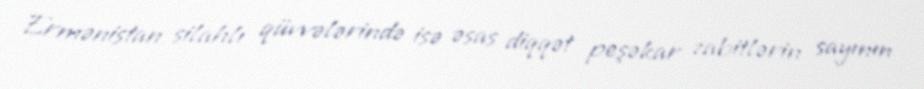
Ermənistan silahlı qüvvələrində isə əsas diqqət peşəkar zabitlərin sayının